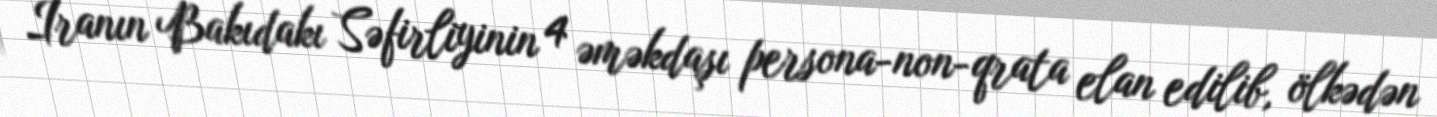
İranın Bakıdakı Səfirliyinin 4 əməkdaşı persona-non-qrata elan edilib, ölkədən